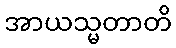
အာယသ္မတာတိ